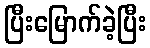
ပြီးမြောက်ခဲ့ပြီး